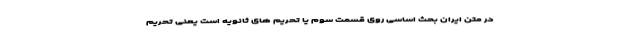
در متن ایران بحث اساسی روی قسمت سوم یا تحریم های ثانویه است یعنی تحریم